Civil Veterinary Dept. Assam report 1927-50 - 1927-1950
Year: 1927
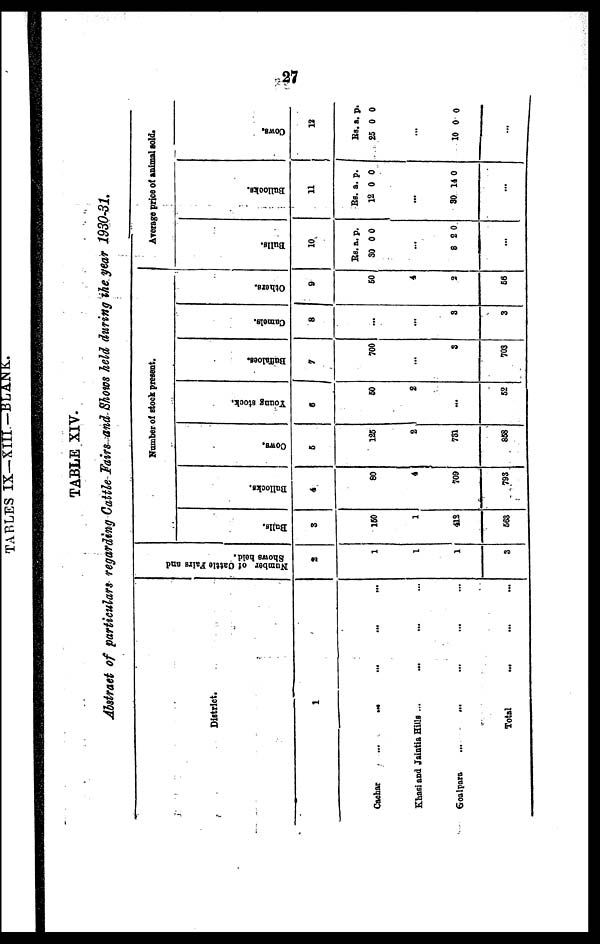
27
TABLE XIV.
Abstract of particulars regarding Cattle Fairs and Shows held during the year 1930-31,
District.
1
Cachar
... ... ... ...
Khasi and Jalntia Hills ... ... ... ...
Golapara ... ... ... ...
Total ... ... ...
Na mbe r r of Cattle Fai rs and
2
1
1
1
3
Hunter of stock present.
Balls.
3
150
1
413
563
Bullooks.
4
80
4
709
793
Cows.
5
125
2
731
668
young stock.
6
50
2
…
52
Buffeloes
7
700
…
3
703
Camels.
8
...
…
3
3
Others.
9
50
4
1
56
Average price of animal sold.
Bulls.
10
Rs. a. p.
30 00
…
8 2 0
…
Bullocks.
11
Rs. a. p.
12 0 0
...
30 14 0
…
Cows
12
Rs. a. p.
25 0 0
…
10 0 0
…